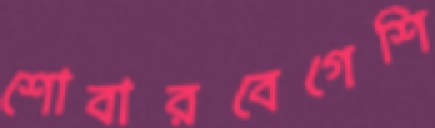
শোবারবেগেশি